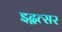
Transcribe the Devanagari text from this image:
इद्वत्सर